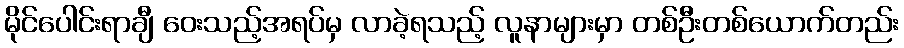
မိုင်ပေါင်းရာချီ ဝေးသည့်အရပ်မှ လာခဲ့ရသည့် လူနာများမှာ တစ်ဦးတစ်ယောက်တည်း